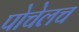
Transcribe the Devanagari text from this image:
पोचेलच